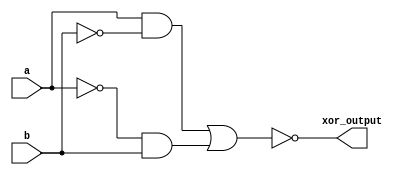
module xor_gate (
    input a,
    input b,
    output xor_output
);

wire a_not, b_not;
wire and_output;

assign a_not = ~a;
assign b_not = ~b;

// Transmission gates
assign and_output = (a & b_not) | (a_not & b);

// Inverter
assign xor_output = ~and_output;

endmodule